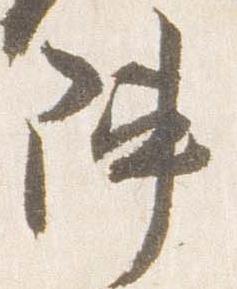
陣